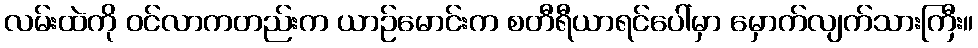
လမ်းထဲကို ဝင်လာကတည်းက ယာဉ်မောင်းက စတီရီယာရင်ပေါ်မှာ မှောက်လျက်သားကြီး။